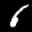
Label: 6